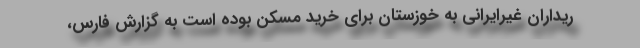
ریداران غیرایرانی به خوزستان برای خرید مسکن بوده است به گزارش فارس،